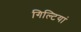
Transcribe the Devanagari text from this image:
गिल्टियां